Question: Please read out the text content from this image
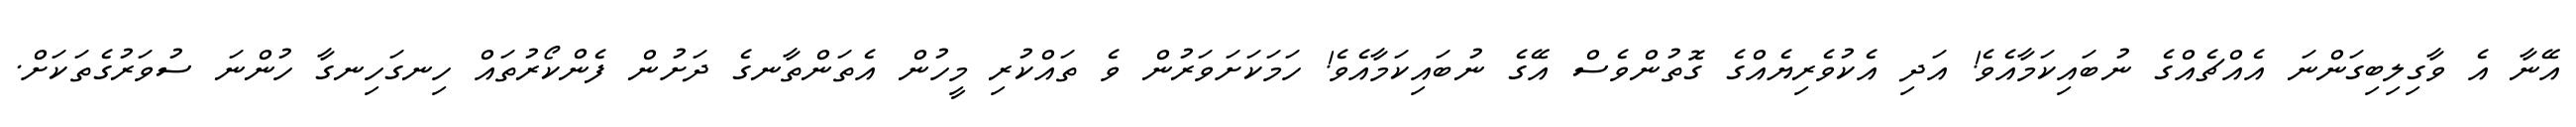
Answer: އޭނާ އެ ވާގިލިބިގަންނަ އެއްޗެއްގެ ނުބައިކަމާއެވެ! އަދި އެކުވެރިޔެއްގެ ގޮތުންވެސް އޭގެ ނުބައިކަމާއެވެ! ހަމަކަށަވަރުން ވެ ތައްކުރި މީހުން އެތަންތާނގެ ދަށުން ފެންކޯރުތައް ހިނގަހިނގާ ހުންނަ ސުވަރުގެތަކަށް.